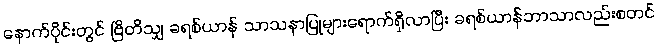
နောက်ပိုင်းတွင် ဗြိတိသျှ ခရစ်ယာန် သာသနာပြုများရောက်ရှိလာပြီး ခရစ်ယာန်ဘာသာလည်းစတင်